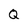
Character: Q